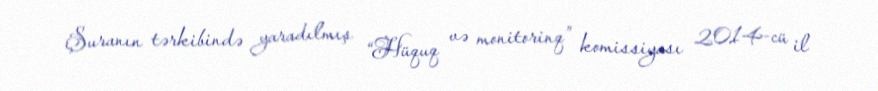
Şuranın tərkibində yaradılmış “Hüquq və monitorinq” komissiyası 2014-cü il